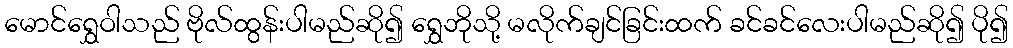
မောင်ရွှေဝါသည် ဗိုလ်ထွန်းပါမည်ဆို၍ ရွှေဘိုသို့ မလိုက်ချင်ခြင်းထက် ခင်ခင်လေးပါမည်ဆို၍ ပို၍